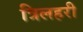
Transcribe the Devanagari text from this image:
त्रिलहरी